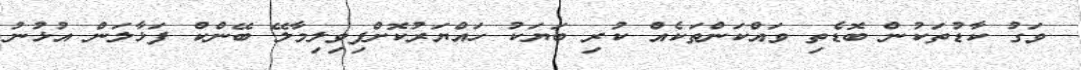
ވަގު ކާޑުތަކުން ބޮޑެތި ވައްކަންތަކެއް ކުރި ބަޔަކު ހައްޔަރުކޮށްފިވިލިމާލޭ ބޭންކް ފަޅާލަން އުޅުނު